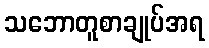
သဘောတူစာချုပ်အရ